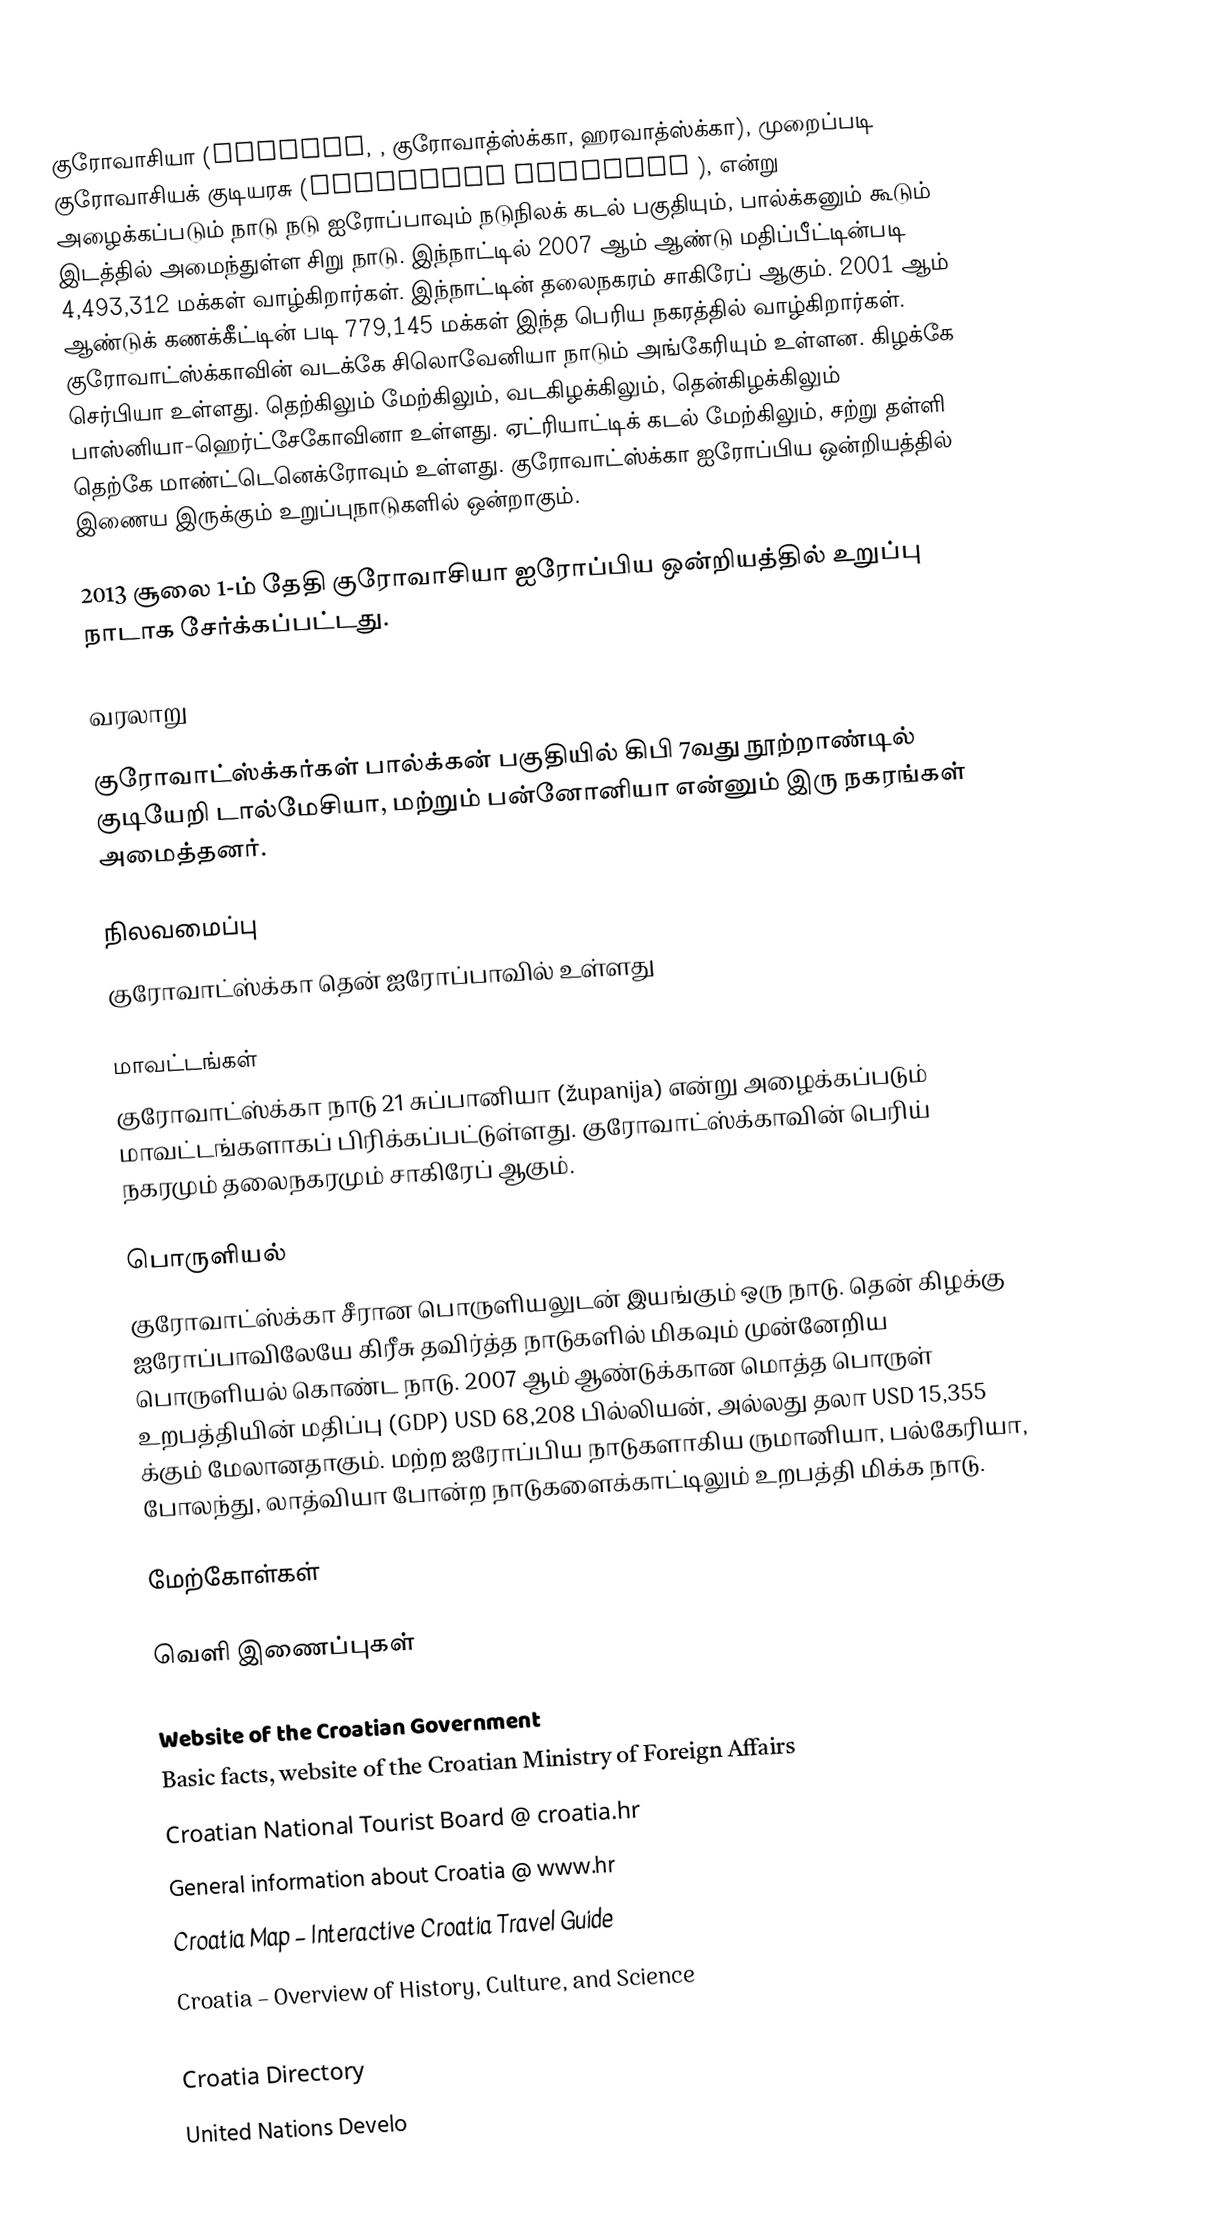
குரோவாசியா (Croatia,  , குரோவாத்ஸ்க்கா, ஹரவாத்ஸ்க்கா), முறைப்படி குரோவாசியக் குடியரசு (Republika Hrvatska ), என்று அழைக்கப்படும் நாடு நடு ஐரோப்பாவும் நடுநிலக் கடல் பகுதியும், பால்க்கனும் கூடும் இடத்தில் அமைந்துள்ள சிறு நாடு. இந்நாட்டில் 2007 ஆம் ஆண்டு மதிப்பீட்டின்படி 4,493,312 மக்கள் வாழ்கிறார்கள். இந்நாட்டின் தலைநகரம் சாகிரேப் ஆகும். 2001 ஆம் ஆண்டுக் கணக்கீட்டின் படி 779,145 மக்கள் இந்த பெரிய நகரத்தில் வாழ்கிறார்கள். குரோவாட்ஸ்க்காவின் வடக்கே சிலொவேனியா நாடும் அங்கேரியும் உள்ளன. கிழக்கே செர்பியா உள்ளது. தெற்கிலும் மேற்கிலும், வடகிழக்கிலும், தென்கிழக்கிலும் பாஸ்னியா-ஹெர்ட்சேகோவினா உள்ளது. ஏட்ரியாட்டிக் கடல் மேற்கிலும், சற்று தள்ளி தெற்கே மாண்ட்டெனெக்ரோவும் உள்ளது. குரோவாட்ஸ்க்கா ஐரோப்பிய ஒன்றியத்தில் இணைய இருக்கும் உறுப்புநாடுகளில் ஒன்றாகும்.

2013 சூலை 1-ம் தேதி குரோவாசியா ஐரோப்பிய ஒன்றியத்தில் உறுப்பு நாடாக சேர்க்கப்பட்டது.

வரலாறு

குரோவாட்ஸ்க்கர்கள் பால்க்கன் பகுதியில் கிபி 7வது நூற்றாண்டில் குடியேறி டால்மேசியா, மற்றும் பன்னோனியா என்னும் இரு நகரங்கள் அமைத்தனர்.

நிலவமைப்பு
குரோவாட்ஸ்க்கா தென் ஐரோப்பாவில் உள்ளது

மாவட்டங்கள்
குரோவாட்ஸ்க்கா நாடு 21 சுப்பானியா (županija) என்று அழைக்கப்படும் மாவட்டங்களாகப் பிரிக்கப்பட்டுள்ளது. குரோவாட்ஸ்க்காவின் பெரிய் நகரமும் தலைநகரமும் சாகிரேப் ஆகும்.

பொருளியல்
குரோவாட்ஸ்க்கா சீரான பொருளியலுடன் இயங்கும் ஒரு நாடு. தென் கிழக்கு ஐரோப்பாவிலேயே கிரீசு தவிர்த்த நாடுகளில் மிகவும் முன்னேறிய பொருளியல் கொண்ட நாடு. 2007 ஆம் ஆண்டுக்கான மொத்த பொருள் உறபத்தியின் மதிப்பு (GDP) USD 68,208 பில்லியன், அல்லது தலா USD 15,355 க்கும் மேலானதாகும். மற்ற ஐரோப்பிய நாடுகளாகிய ருமானியா, பல்கேரியா, போலந்து, லாத்வியா போன்ற நாடுகளைக்காட்டிலும் உறபத்தி மிக்க நாடு.

மேற்கோள்கள்

வெளி இணைப்புகள்

 Website of the Croatian Government
 Basic facts, website of the Croatian Ministry of Foreign Affairs
 Croatian National Tourist Board @ croatia.hr
 General information about Croatia @ www.hr
 Croatia Map – Interactive Croatia Travel Guide
 Croatia – Overview of History, Culture, and Science
 Croatia – Tourist information
 Croatia Directory
 United Nations Develo